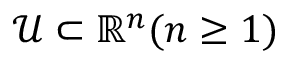
\mathcal { U } \subset \mathbb { R } ^ { n } ( n \geq 1 )